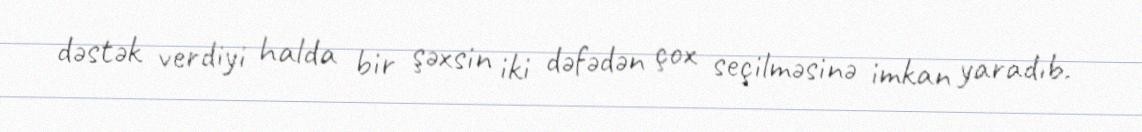
dəstək verdiyi halda bir şəxsin iki dəfədən çox seçilməsinə imkan yaradıb.